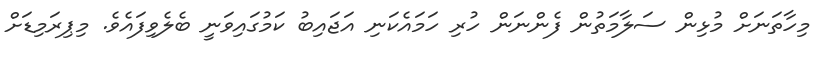
މިހާތަނަށް މުޅިން ސަލާމަތުން ފެންނަން ހުރި ހަމައެކަނި އަޖައިބު ކަމުގައިވަނީ ބެލެވިފައެވެ. މިޕިރަމިޑަށް